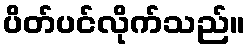
ပိတ်ပင်လိုက်သည်။